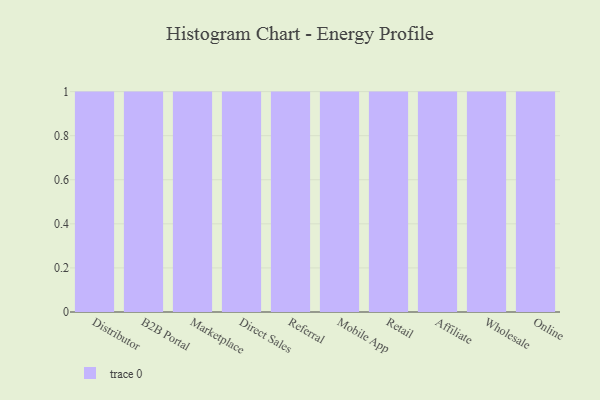
{"axis": {"x": "Channel", "y": "Population (Million)"}, "legend": [""], "data": [{"x": "Distributor", "y": 32, "type": ""}, {"x": "B2B Portal", "y": 10, "type": ""}, {"x": "Marketplace", "y": 93, "type": ""}, {"x": "Direct Sales", "y": 77, "type": ""}, {"x": "Referral", "y": 81, "type": ""}, {"x": "Mobile App", "y": 72, "type": ""}, {"x": "Retail", "y": 11, "type": ""}, {"x": "Affiliate", "y": 83, "type": ""}, {"x": "Wholesale", "y": 21, "type": ""}, {"x": "Online", "y": 20, "type": ""}]}